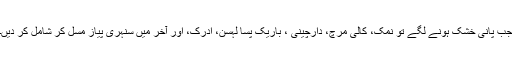
جب پانی خشک ہونے لگے تو نمک، کالی مرچ، دارچینی ، باریک پسا لہسن، ادرک، اور آخر میں سنہری پیاز مسل کر شامل کر دیں۔